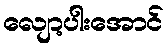
လျော့ပါးအောင်